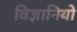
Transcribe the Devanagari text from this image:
विज्ञानियो